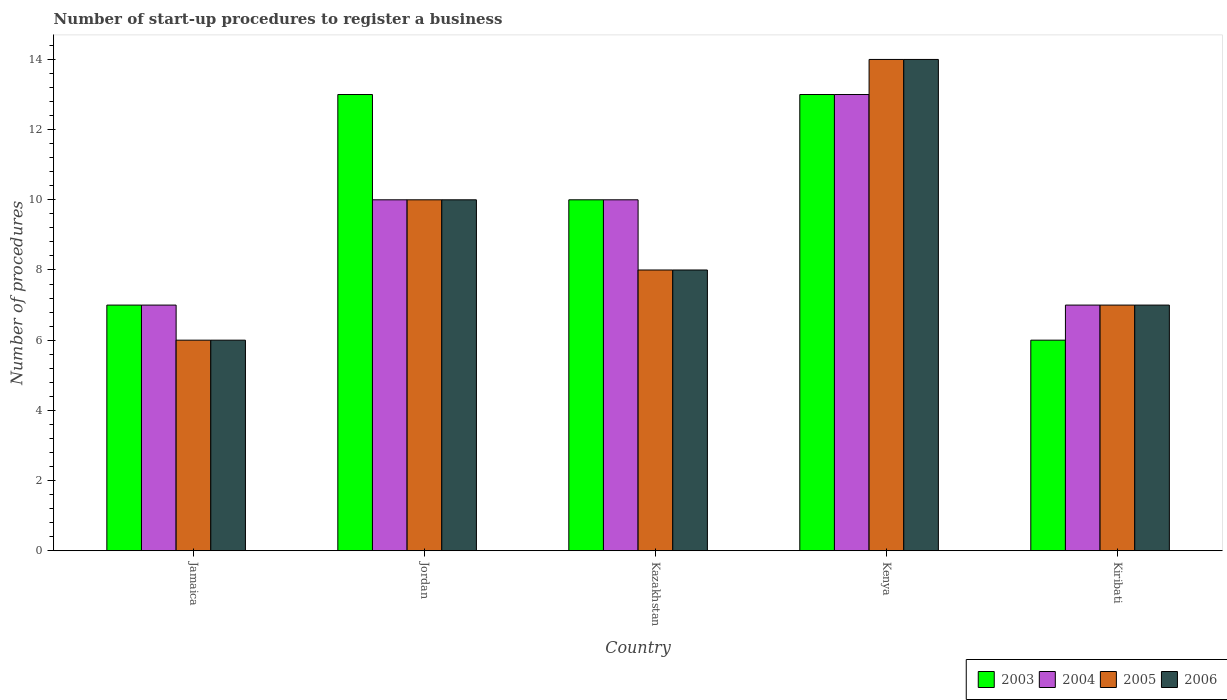
| Country | 2003 | 2004 | 2005 | 2006 |
 | --- | --- | --- | --- | --- |
 | Jamaica | 7 | 7 | 6 | 6 |
 | Jordan | 13 | 10 | 10 | 10 |
 | Kazakhstan | 10 | 10 | 8 | 8 |
 | Kenya | 13 | 13 | 14 | 14 |
 | Kiribati | 6 | 7 | 7 | 7 |